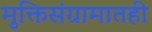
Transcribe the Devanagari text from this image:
मुक्तिसंग्रामातही